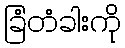
ခြံတံခါးကို